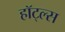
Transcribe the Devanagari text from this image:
हॉट्ल्स